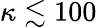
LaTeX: \kappa\lesssim 100